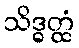
သိဒ္ဓတ္ထံ